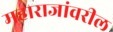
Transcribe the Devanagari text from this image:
महाराजांवरील